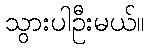
သွားပါဦးမယ်။